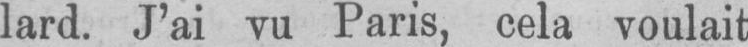
lard. J’ai vu Paris, cela voulait